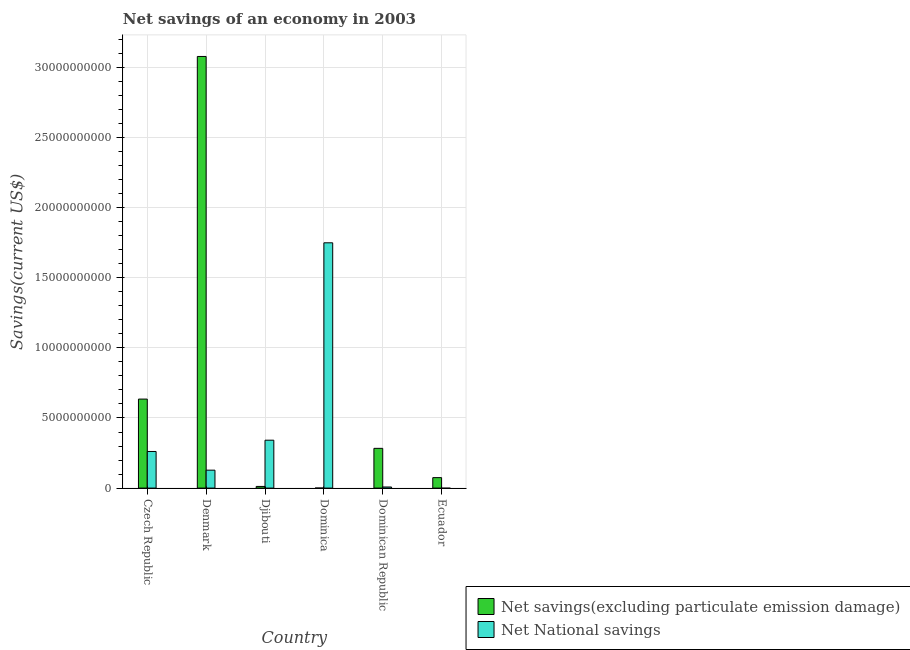
| Country | Net savings(excluding particulate emission damage) | Net National savings |
 | --- | --- | --- |
 | Czech Republic | 6.35e+09 | 2.61e+09 |
 | Denmark | 3.08e+10 | 1.28e+09 |
 | Djibouti | 1.19e+08 | 3.42e+09 |
 | Dominica | 1.3e+06 | 1.75e+10 |
 | Dominican Republic | 2.84e+09 | 7.85e+07 |
 | Ecuador | 7.47e+08 | -1.38e+07 |